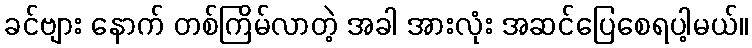
ခင်ဗျား နောက် တစ်ကြိမ်လာတဲ့ အခါ အားလုံး အဆင်ပြေစေရပါ့မယ်။